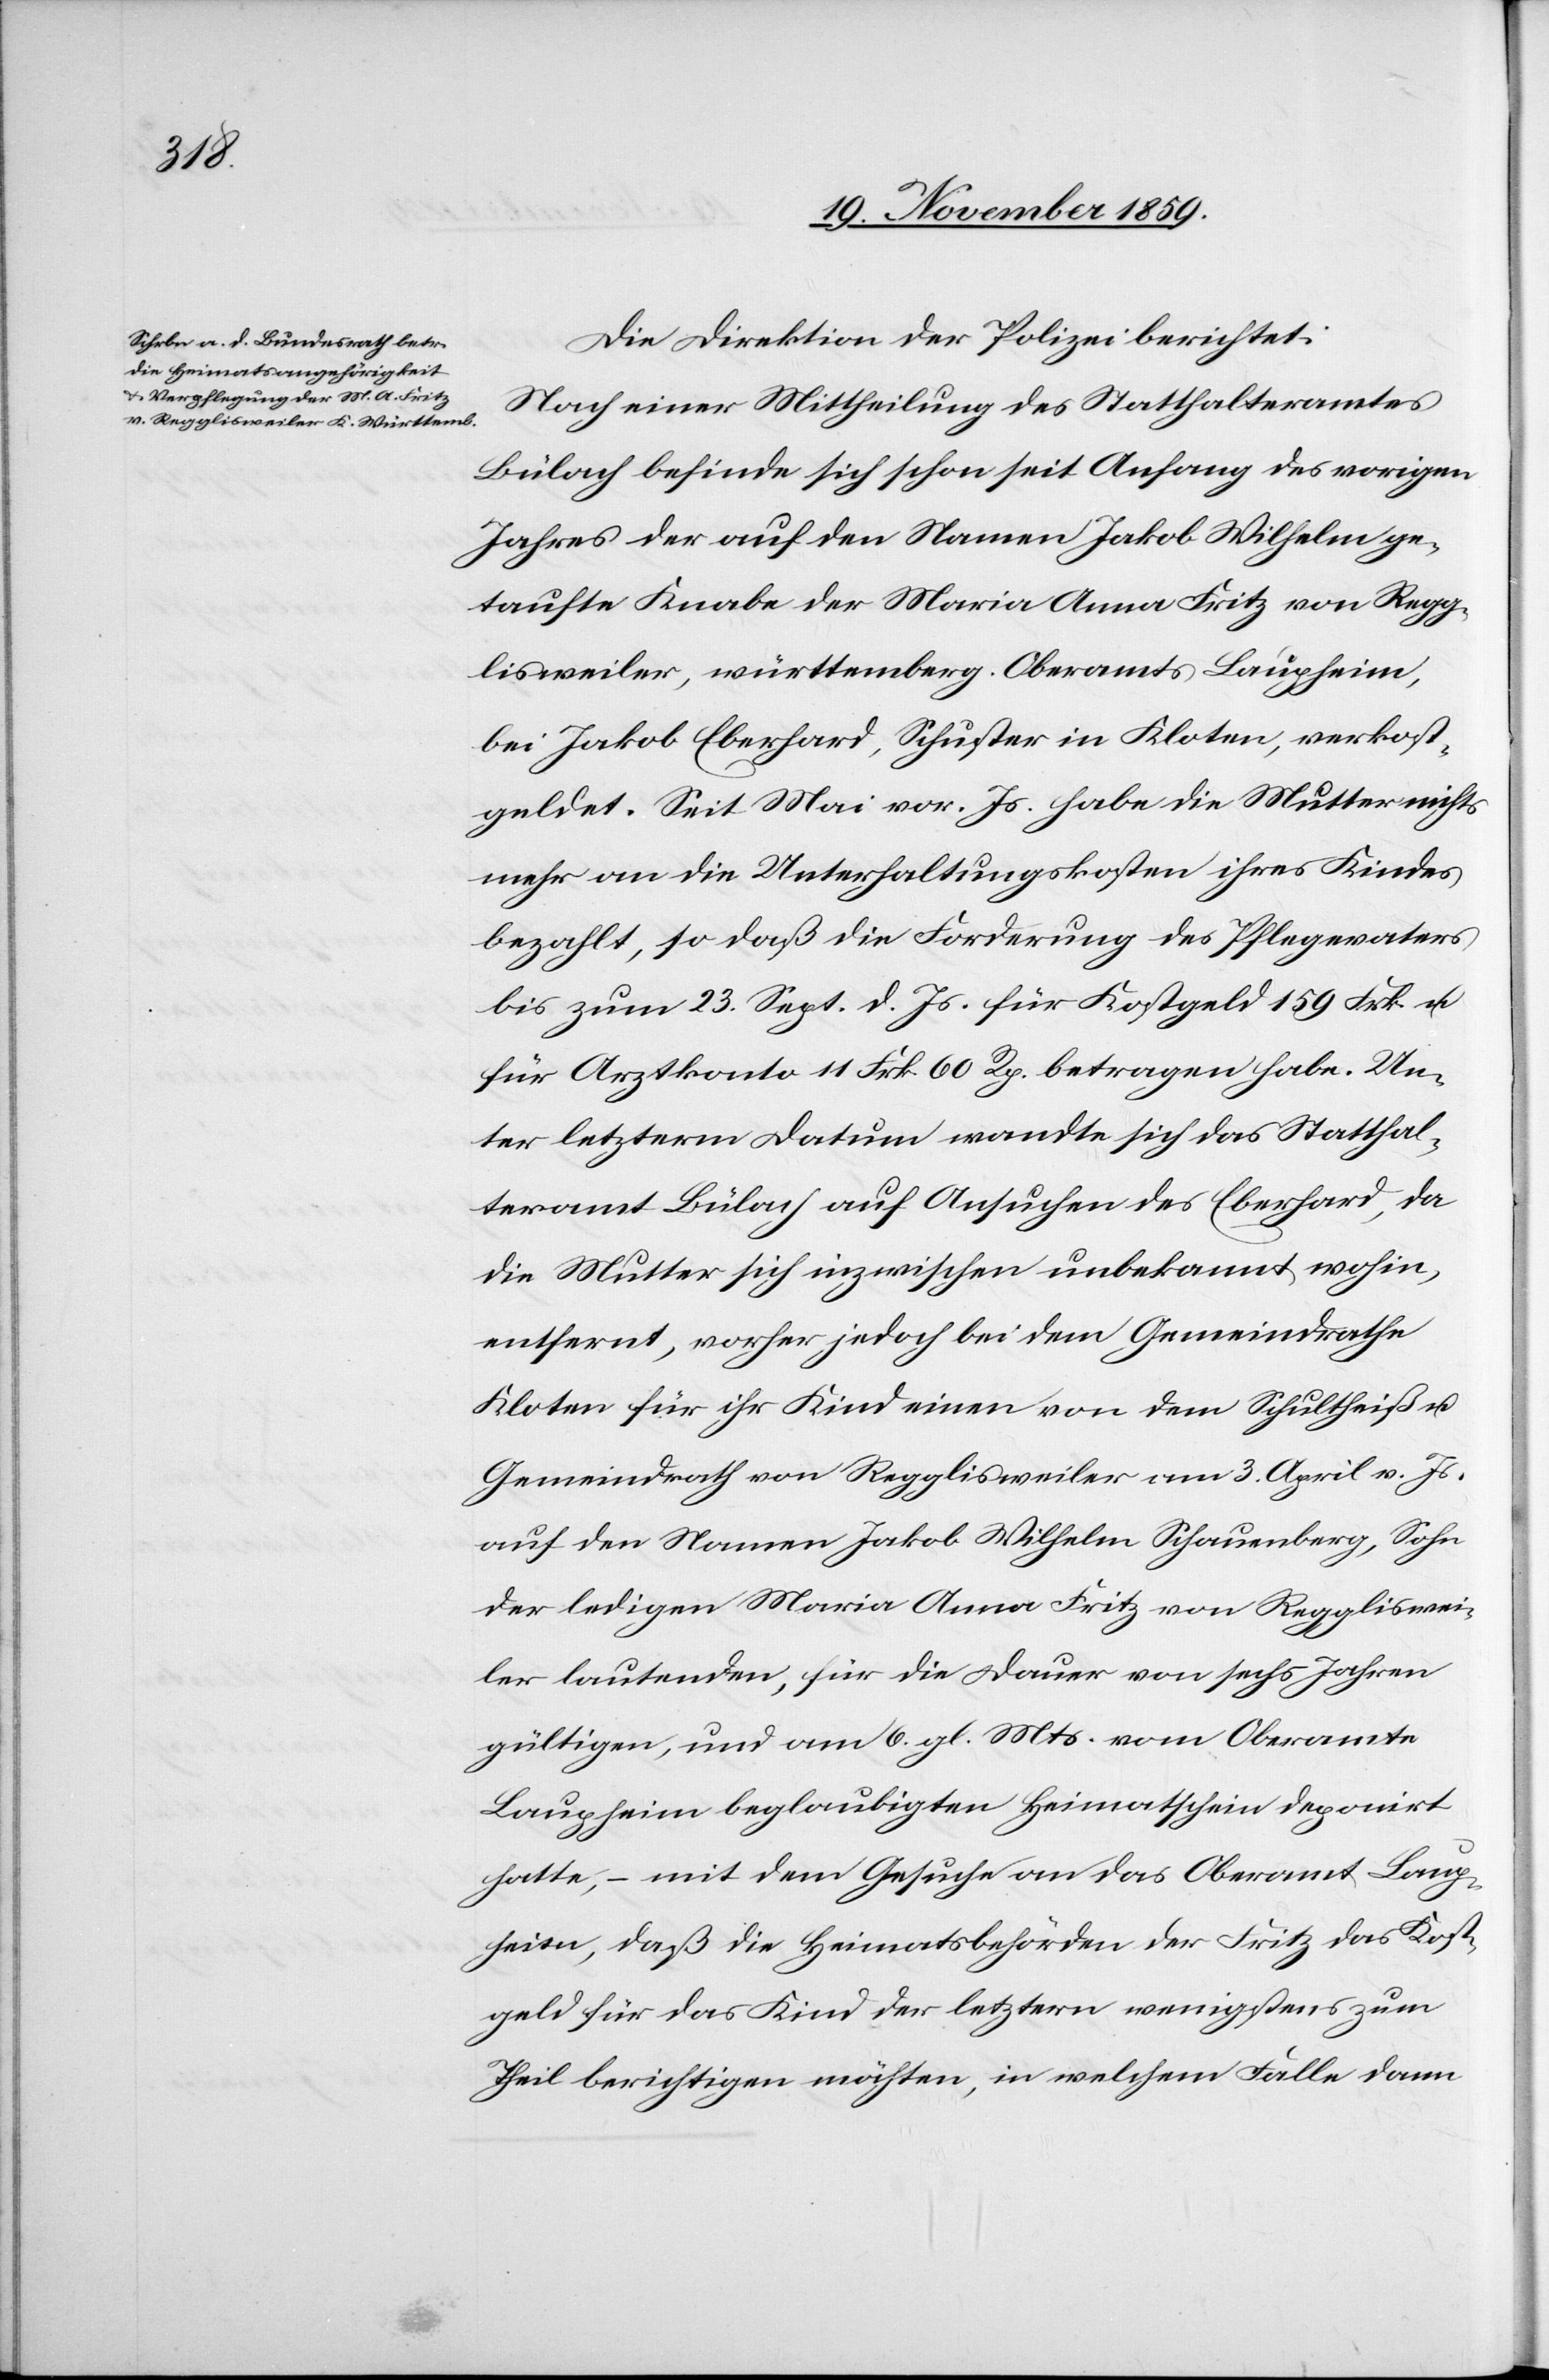
Die Direktion der Polizei berichtet:
Nach einer Mittheilung des Statthalteramtes
Bülach befinde sich schon seit Anfang des vorigen
Jahres der auf den Namen Jakob Wilhelm ge¬
taufte Knabe der Maria Anna Fritz von Regg¬
lisweiler, württemberg. Oberamts Laupheim,
bei Jakob Eberhard, Schuster in Kloten, verkost¬
geldet. Seit Mai vor. Js. habe die Mutter nichts
mehr an die Unterhaltungskosten ihres Kindes
bezahlt, so daß die Forderung des Pflegevaters
bis zum 23. Sept. d. Js. für Kostgeld 159 Frk. u.
für Arztkonto 11 Frk. 60 Rp. betragen habe. Un¬
ter letzterm Datum wandte sich das Statthal¬
teramt Bülach auf Ansuchen des Eberhard, da
die Mutter sich inzwischen unbekannt wohin,
entfernt, vorher jedoch bei dem Gemeindrathe
Kloten für ihr Kind einen von dem Schultheiß &
Gemeindrath von Regglisweiler am 3. April v. Js.
auf den Namen Jakob Wilhelm Schauenberg, Sohn
der ledigen Maria Anna Fritz von Reggliswei¬
ler lautenden, für die Dauer von sechs Jahren
gültigen, und am 6. gl. Mts. vom Oberamte
Laupheim beglaubigten Heimatschein deponirt
hatte, – mit dem Gesuche an das Oberamt Laup¬
heim, daß die Heimatsbehörden der Fritz das Kost¬
geld für das Kind der letztern wenigstens zum
Theil berichtigen möchten, in welchem Falle dann